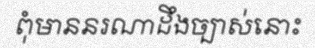
ពុំមាននរណាដឹងច្បាស់នោះ